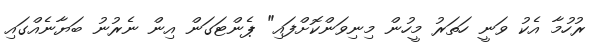
ރުހުމާ އެކު ވަނީ ހަތަރު މީހުން މިނިވަންކޮށްފައި" ޕެންޓަގަން އިން ނެރުނު ބަޔާނެއްގައި